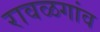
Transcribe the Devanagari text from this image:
रावळगांव